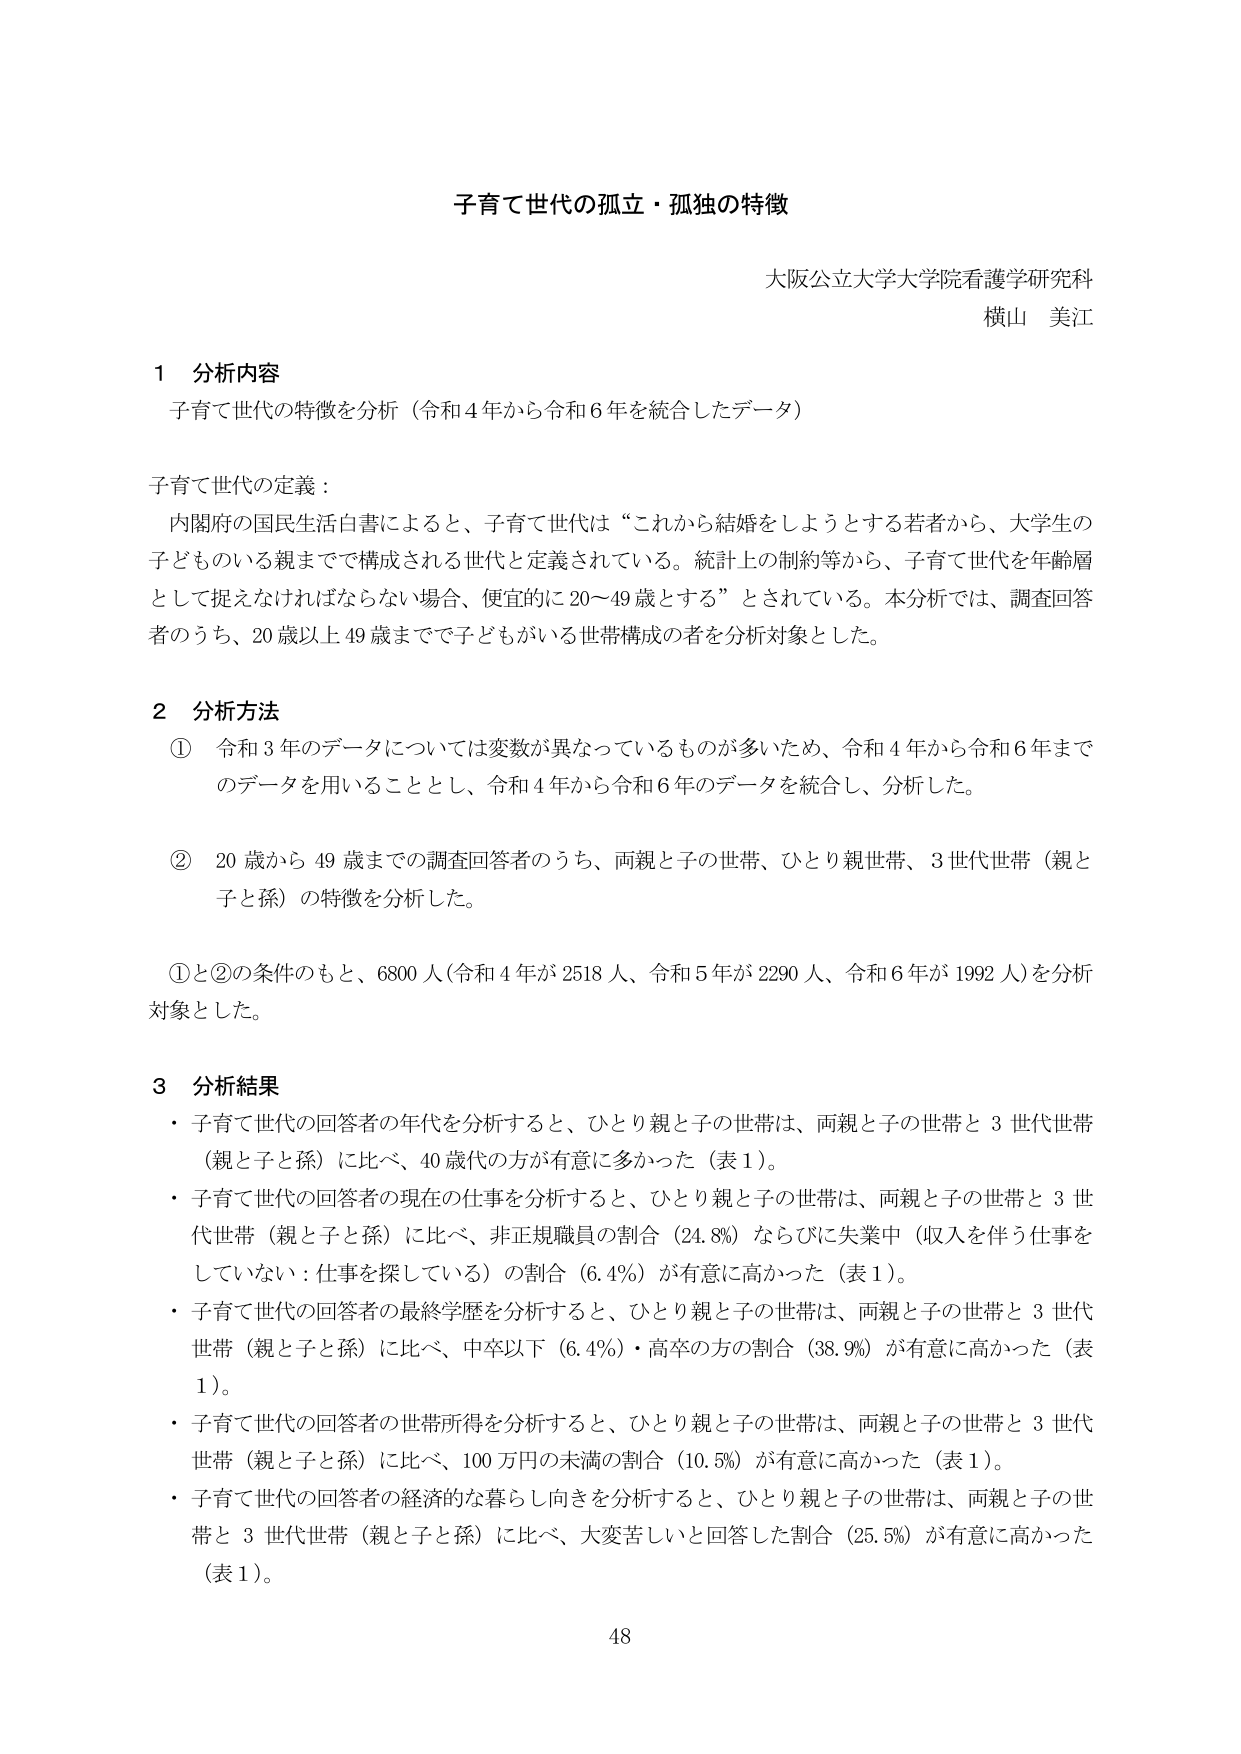
子育て世代の孤立・孤独の特徴

大阪公立大学大学院看護学研究科
横山 美江

1 分析内容
子育て世代の特徴を分析（令和4年から令和6年を統合したデータ）

子育て世代の定義：
内閣府の国民生活白書によると、子育て世代は“これから結婚をしようとする若者から、大学生の子どもものいる親までで構成される世代と定義されている。統計上の制約等から、子育て世代を年齢層として捉えなければならない場合、便宜的に20～49歳とする”とされている。本分析では、調査回答者のうち、20歳以上49歳までで子どもがいる世帯構成の者を分析対象とした。

2 分析方法
① 令和3年のデータについては変数が異なっているものが多いため、令和4年から令和6年までのデータを用いることとし、令和4年から令和6年のデータを統合し、分析した。
② 20歳から49歳までの調査回答者のうち、両親と子の世帯、ひとり親世帯、3世代世帯（親と子と孫）の特徴を分析した。

①と②の条件のもと、6800人（令和4年が2518人、令和5年が2290人、令和6年が1992人）を分析対象とした。

3 分析結果
・子育て世代の回答者の年代を分析すると、ひとり親と子の世帯は、両親と子の世帯と3世代世帯（親と子と孫）に比べ、40歳代の方が有意に多かった（表1）。
・子育て世代の回答者の現在の仕事を分析すると、ひとり親と子の世帯は、両親と子の世帯と3世代世帯（親と子と孫）に比べ、非正規職員の割合（24.8%）ならびに失業中（収入を伴う仕事をしていない：仕事を探している）の割合（6.4%）が有意に高かった（表1）。
・子育て世代の回答者の最終学歴を分析すると、ひとり親と子の世帯は、両親と子の世帯と3世代世帯（親と子と孫）に比べ、中卒以下（6.4%）・高卒の方の割合（38.9%）が有意に高かった（表1）。
・子育て世代の回答者の世帯所得を分析すると、ひとり親と子の世帯は、両親と子の世帯と3世代世帯（親と子と孫）に比べ、100万円の未満の割合（10.5%）が有意に高かった（表1）。
・子育て世代の回答者の経済的な暮らし向きを分析すると、ひとり親と子の世帯は、両親と子の世帯と3世代世帯（親と子と孫）に比べ、大変苦しいと回答した割合（25.5%）が有意に高かった（表1）。

48